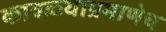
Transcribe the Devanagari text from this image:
कावळ्याप्रमाणेच